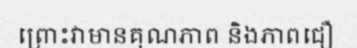
ព្រោះវាមានគុណភាព និងភាពជឿ